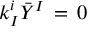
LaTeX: k _ { I } ^ { i } { \bar { Y } } ^ { I } \, = \, 0